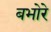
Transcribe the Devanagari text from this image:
बभोरे